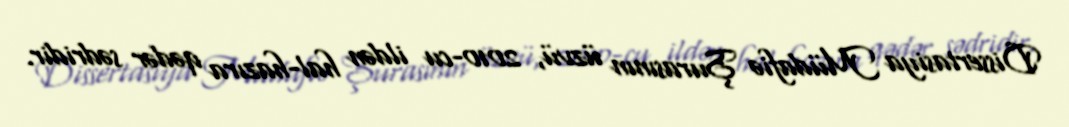
Dissertasiya Müdafiə Şurasının üzvü, 2010-cu ildən hal-hazıra qədər sədridir.